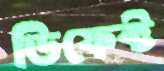
ডিফেক্ট